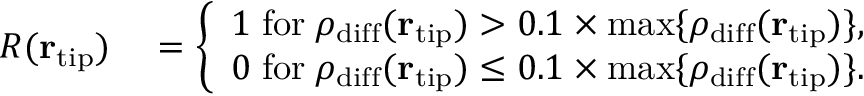
\begin{array} { r l } { R ( { \bf r } _ { \mathrm { t i p } } ) } & { { } = \bigg \{ \begin{array} { c } { 1 \; \mathrm { f o r } \; \rho _ { \mathrm { d i f f } } ( { \bf r } _ { \mathrm { t i p } } ) > 0 . 1 \times \mathrm { m a x } \{ \rho _ { \mathrm { d i f f } } ( { \bf r } _ { \mathrm { t i p } } ) \} , } \\ { 0 \; \mathrm { f o r } \; \rho _ { \mathrm { d i f f } } ( { \bf r } _ { \mathrm { t i p } } ) \le 0 . 1 \times \mathrm { m a x } \{ \rho _ { \mathrm { d i f f } } ( { \bf r } _ { \mathrm { t i p } } ) \} . } \end{array} } \end{array}